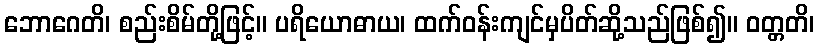
ဘောဂေတိ၊ စည်းစိမ်တို့ဖြင့်။ ပရိယောဓာယ၊ ထက်ဝန်းကျင်မှပိတ်ဆို့သည်ဖြစ်၍။ ဝတ္တတိ၊